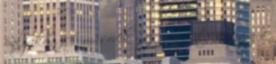
pályákon. A második nap már fűti a vágy a